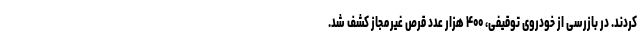
کردند. در بازرسی از خودروی توقیفی، ۴۰۰ هزار عدد قرص غیرمجاز کشف شد.